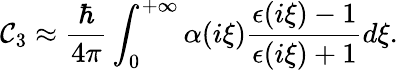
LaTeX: \mathcal{C}_{3}\approx\frac{{\hbar}}{{4\pi}}\int_{0}^{+\infty}\alpha(i\xi)\frac{{\epsilon(i\xi)-1}}{{\epsilon(i\xi)+1}}d\xi.